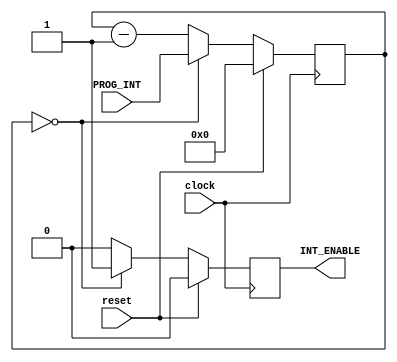
`timescale 1ns / 1ps
/////////////////////////////////////////////////////////////////////////////////
// 		
// 		
// : 			
// : 	   		XLX
// :        20101225 
// :    		TIME_BASE 
// :   		MultiFunctionSignalSource
// : 		EP2S60F484C4ES
// :  		QII7.0
// 		V1.1
// : 
/////////////////////////////////////////////////////////////////////////////////

module TIME_BASE
(    
	clock,
	reset,				
	PROG_INT, 			
	INT_ENABLE              		
);
//////////////////////////////////////////////////////////////////////////////////
//IO//
//////////////////////////////////////////////////////////////////////////////////
input									clock;
input									reset;
input	[31:0]							PROG_INT;					//
output	reg								INT_ENABLE;					//

//////////////////////////////////////////////////////////////////////////////////
////
//////////////////////////////////////////////////////////////////////////////////
reg		[31:0]							CNT_FOR_INT;

/*********************************************************************************/
/***********************************************************************/
/*********************************************************************************/

///////////////////////////////////////////////////////////////////////////////////
//INT_ENABLE//
///////////////////////////////////////////////////////////////////////////////////
	always @(posedge clock)
begin
	if(reset==1'b1)
		begin
			CNT_FOR_INT 	<= 0;
			INT_ENABLE		<= 1'b0;
		end
	else
		begin
			if(CNT_FOR_INT==0)
				begin
					CNT_FOR_INT 	<= PROG_INT;
					INT_ENABLE		<= 1'b1;
				end
			else
				begin
					CNT_FOR_INT 	<= CNT_FOR_INT - 1;
					INT_ENABLE		<= 1'b0;
				end
		end
end		
/*********************************************************************************/
/***********************************************************************/
/*********************************************************************************/
endmodule